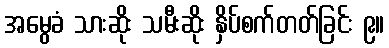
အမွေခံ သားဆိုး သမီးဆိုး နှိပ်စက်တတ်ခြင်း ၉။